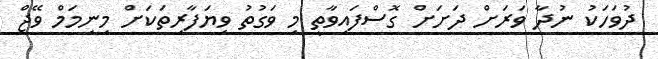
ދުވަހަކު ނުދާ ވަރަށް ދަށަށް ގޮސްފައިވާތީ މި ވަގުތު ވިޔަފާރިތަކަށް މިނިމަމް ވޭޖް